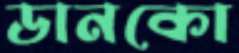
ডানকো